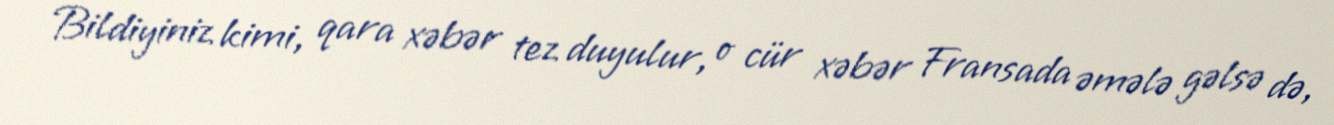
Bildiyiniz kimi, qara xəbər tez duyulur, o cür xəbər Fransada əmələ gəlsə də,